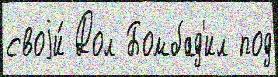
своjи́ Дол Бомбад'ил под